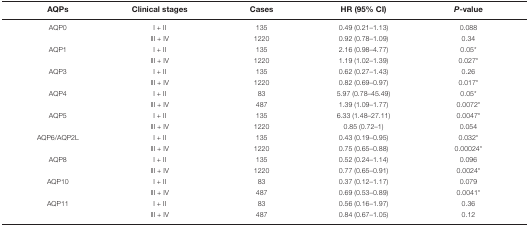
<table><thead><tr><td><b>AQPs</b></td><td><b>Clinical stages</b></td><td><b>Cases</b></td><td><b>HR (95% CI)</b></td><td><b><i>P</i>-value</b></td></tr></thead><tbody><tr><td>AQP0</td><td>I + II</td><td>135</td><td>0.49 (0.21–1.13)</td><td>0.088</td></tr><tr><td></td><td>III + IV</td><td>1220</td><td>0.92 (0.78–1.09)</td><td>0.34</td></tr><tr><td>AQP1</td><td>I + II</td><td>135</td><td>2.16 (0.98–4.77)</td><td>0.05*</td></tr><tr><td></td><td>III + IV</td><td>1220</td><td>1.19 (1.02–1.39)</td><td>0.027*</td></tr><tr><td>AQP3</td><td>I + II</td><td>135</td><td>0.62 (0.27–1.43)</td><td>0.26</td></tr><tr><td></td><td>III + IV</td><td>1220</td><td>0.82 (0.69–0.97)</td><td>0.017*</td></tr><tr><td>AQP4</td><td>I + II</td><td>83</td><td>5.97 (0.78–45.49)</td><td>0.05*</td></tr><tr><td></td><td>III + IV</td><td>487</td><td>1.39 (1.09–1.77)</td><td>0.0072*</td></tr><tr><td>AQP5</td><td>I + II</td><td>135</td><td>6.33 (1.48–27.11)</td><td>0.0047*</td></tr><tr><td></td><td>III + IV</td><td>1220</td><td>0.85 (0.72–1)</td><td>0.054</td></tr><tr><td>AQP6/AQP2L</td><td>I + II</td><td>135</td><td>0.43 (0.19–0.95)</td><td>0.032*</td></tr><tr><td></td><td>III + IV</td><td>1220</td><td>0.75 (0.65–0.88)</td><td>0.00024*</td></tr><tr><td>AQP8</td><td>I + II</td><td>135</td><td>0.52 (0.24–1.14)</td><td>0.096</td></tr><tr><td></td><td>III + IV</td><td>1220</td><td>0.77 (0.65–0.91)</td><td>0.0024*</td></tr><tr><td>AQP10</td><td>I + II</td><td>83</td><td>0.37 (0.12–1.17)</td><td>0.079</td></tr><tr><td></td><td>III + IV</td><td>487</td><td>0.69 (0.53–0.89)</td><td>0.0041*</td></tr><tr><td>AQP11</td><td>I + II</td><td>83</td><td>0.56 (0.16–1.97)</td><td>0.36</td></tr><tr><td></td><td>III + IV</td><td>487</td><td>0.84 (0.67–1.05)</td><td>0.12</td></tr></tbody></table>